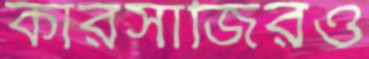
কারসাজিরও